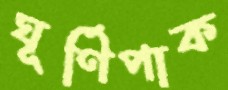
ঘূর্ণিপাক